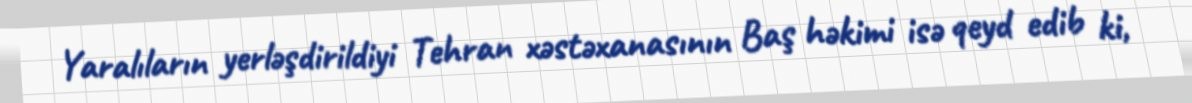
Yaralıların yerləşdirildiyi Tehran xəstəxanasının Baş həkimi isə qeyd edib ki,